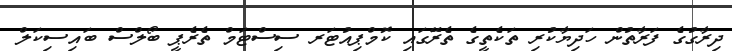
ދިރާގުގެ ފަރާތުން ހަދިޔާކުރި ތަކެތީގެ ތެރޭގައި ކޮމްޕިއުޓަރ ސިސްޓަމް ތެރެޕީ ބޯލްސް ބައިސިކަލް